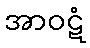
အာဝဋံ